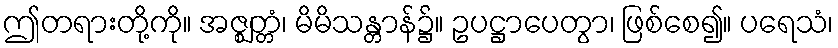
ဤတရားတို့ကို။ အဇ္ဈတ္တံ၊ မိမိသန္တာန်၌။ ဥပဋ္ဌာပေတွာ၊ ဖြစ်စေ၍။ ပရေသံ၊